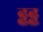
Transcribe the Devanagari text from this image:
ढ्ढढ्ढ